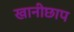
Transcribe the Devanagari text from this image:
खानीछाप